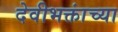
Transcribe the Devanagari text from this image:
देवीभक्तांच्या